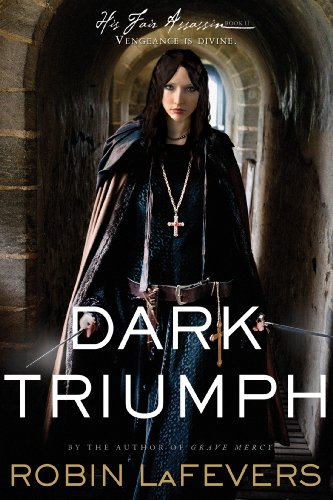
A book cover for Dark Triumph: His Fair Assassins, Book II (His Fair Assassin Trilogy); Robin LaFevers; Teen & Young Adult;